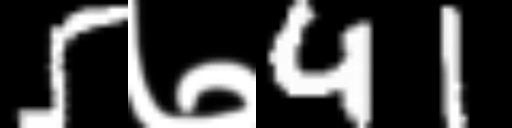
Text: 5७41